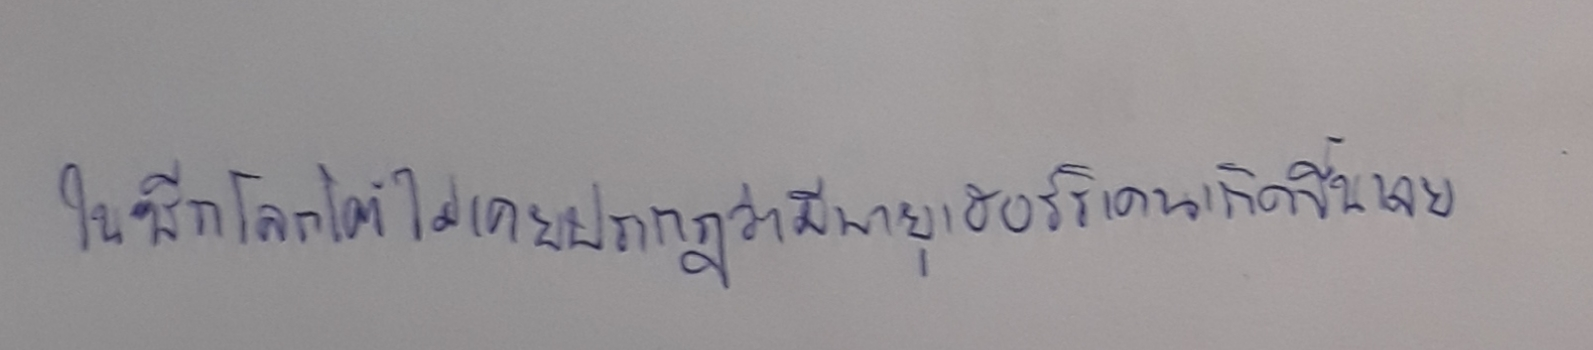
ในซีกโลกใต้ไม่เคยปรากฏว่ามีพายุเฮอร์ริเคนเกิดขึ้นเลย